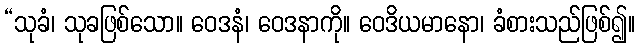
“သုခံ၊ သုခဖြစ်သော။ ဝေဒနံ၊ ဝေဒနာကို။ ဝေဒိယမာနော၊ ခံစားသည်ဖြစ်၍။